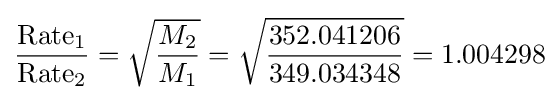
{{\mbox{Rate}}_{1} \over {\mbox{Rate}}_{2}}={\sqrt {M_{2} \over M_{1}}}={\sqrt {352.041206 \over 349.034348}}=1.004298